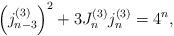
LaTeX: \begin{align*}\left( j_{n-3}^{(3)}\right) ^{2}+3J_{n}^{(3)}j_{n}^{(3)}=4^{n},\end{align*}